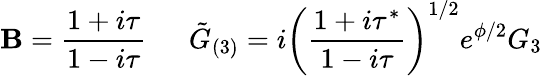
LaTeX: \mathbf{B}=\frac{{1+i\tau}}{{1-i\tau}}\, \, \, \, \, \, \, \, \, \tilde{{G}}_{(3)}=i\left(\frac{{1+i\tau^{*}}}{{1-i\tau}}\right)^{1/2}e^{\phi/2}G_{3}